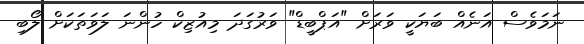
ނަމަވެސް އަނެއް ބަޔަކީ ވަރަށް "އަޕްބީޑް" ވަރުގަދަ މިއުޒިކް ހުންނަ ލަވަތަކަށް ލޯބި